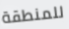
للمنطقة